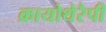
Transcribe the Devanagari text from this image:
क्रायोथेरैपी